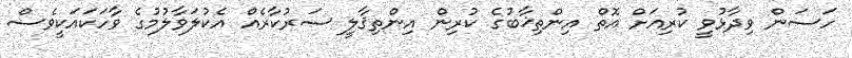
ހަސަން ވިދާޅުވީ ކުރިއަށް އޮތް އިންތިޚާބުގެ ކުރިން އިންތިޤާލީ ސަރުކާރެއް އެކުލަވާލުމުގެ ވާހަކައަކީވެސް